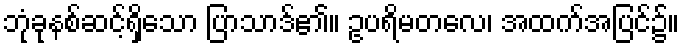
ဘုံခုနစ်ဆင့်ရှိသော ပြာသာဒ်၏။ ဥပရိမတလေ၊ အထက်အပြင်၌။